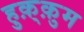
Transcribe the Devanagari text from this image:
हुक़्क़ुम